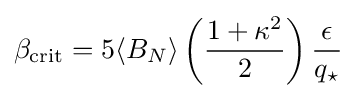
\beta _{\text{crit}}=5\langle B_{N}\rangle \left({\frac {1+\kappa ^{2}}{2}}\right){\frac {\epsilon }{q_{\star }}}